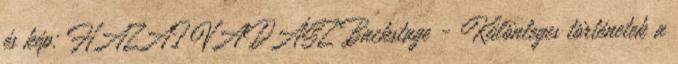
és kép: HAZAI VADÁSZ Backstage - Különleges történetek a